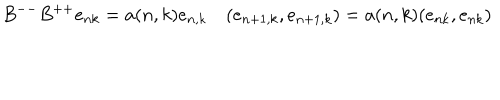
LaTeX: B ^ { -- } B ^ { + + } e _ { n k } = a ( n , k ) e _ { n , k } \quad ( e _ { n + 1 , k } , e _ { n + 1 , k } ) = a ( n , k ) ( e _ { n k } , e _ { n k } )